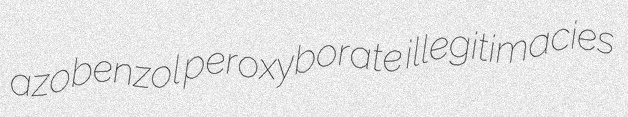
azobenzol peroxyborate illegitimacies